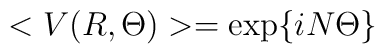
<V(R,\Theta)>=\exp\{iN\Theta\}